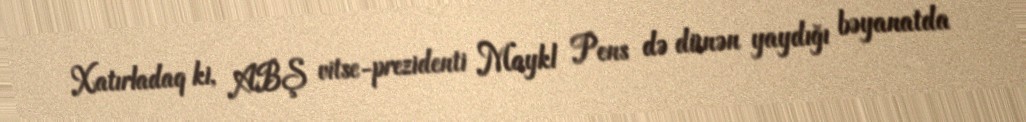
Xatırladaq ki, ABŞ vitse-prezidenti Maykl Pens də dünən yaydığı bəyanatda